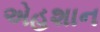
એહશાન